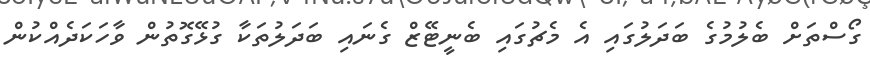
ގޯސްތަށް ބެލުމުގެ ބަދަލުގައި އެ މެޗުގައި ބެނީޓޭޒް ގެނައި ބަދަލުތަކާ ގުޅޭގޮތުން ވާހަކަދެއްކުން